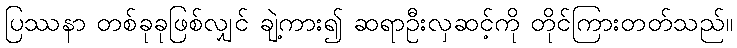
ပြဿနာ တစ်ခုခုဖြစ်လျှင် ချဲ့ကား၍ ဆရာဦးလှဆင့်ကို တိုင်ကြားတတ်သည်။